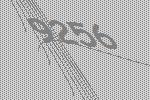
9256